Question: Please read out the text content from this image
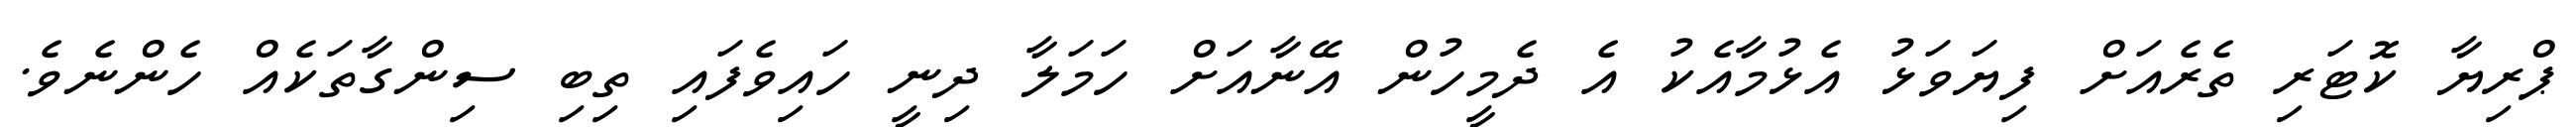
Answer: ޕްރިޔާ ކޮޓަރި ތެރެއަށް ފިޔަވަޅު އެޅުމާއެކު އެ ދެމީހުން އޭނާއަށް ހަމަލާ ދިނީ ހައިވެފައި ތިބި ސިންގާތަކެއް ހެންނެވެ.